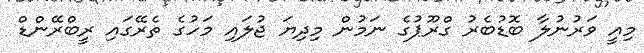
މިއީ ވަރުނުލާ ބޮޑުބެރު ގްރޫޕުގެ ނަމުން މިދިޔަ ޖުލައި މަހުގެ ތެރޭގައި ރީބްރޭންޑް